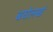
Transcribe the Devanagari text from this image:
बघेलखं